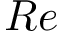
R e